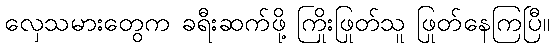
လှေသမားတွေက ခရီးဆက်ဖို့ ကြိုးဖြုတ်သူ ဖြုတ်နေကြပြီ။